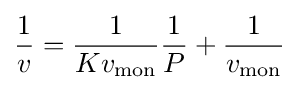
{\frac {1}{v}}={\frac {1}{Kv_{\text{mon}}}}{\frac {1}{P}}+{\frac {1}{v_{\text{mon}}}}